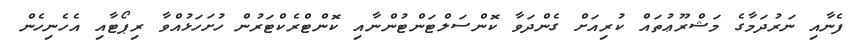
ފެނާއި ނަރުދަމާގެ މަޝްރޫޢުތައް ކުރިއަށް ގެންދަވާ ކޮންސަލްޓަންޓުންނާއި ކޮންޓްރެކްޓަރުން ހުށަހަޅުއްވާ ރިޕޯޓާއި އެހެނިހެން